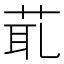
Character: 𦯍